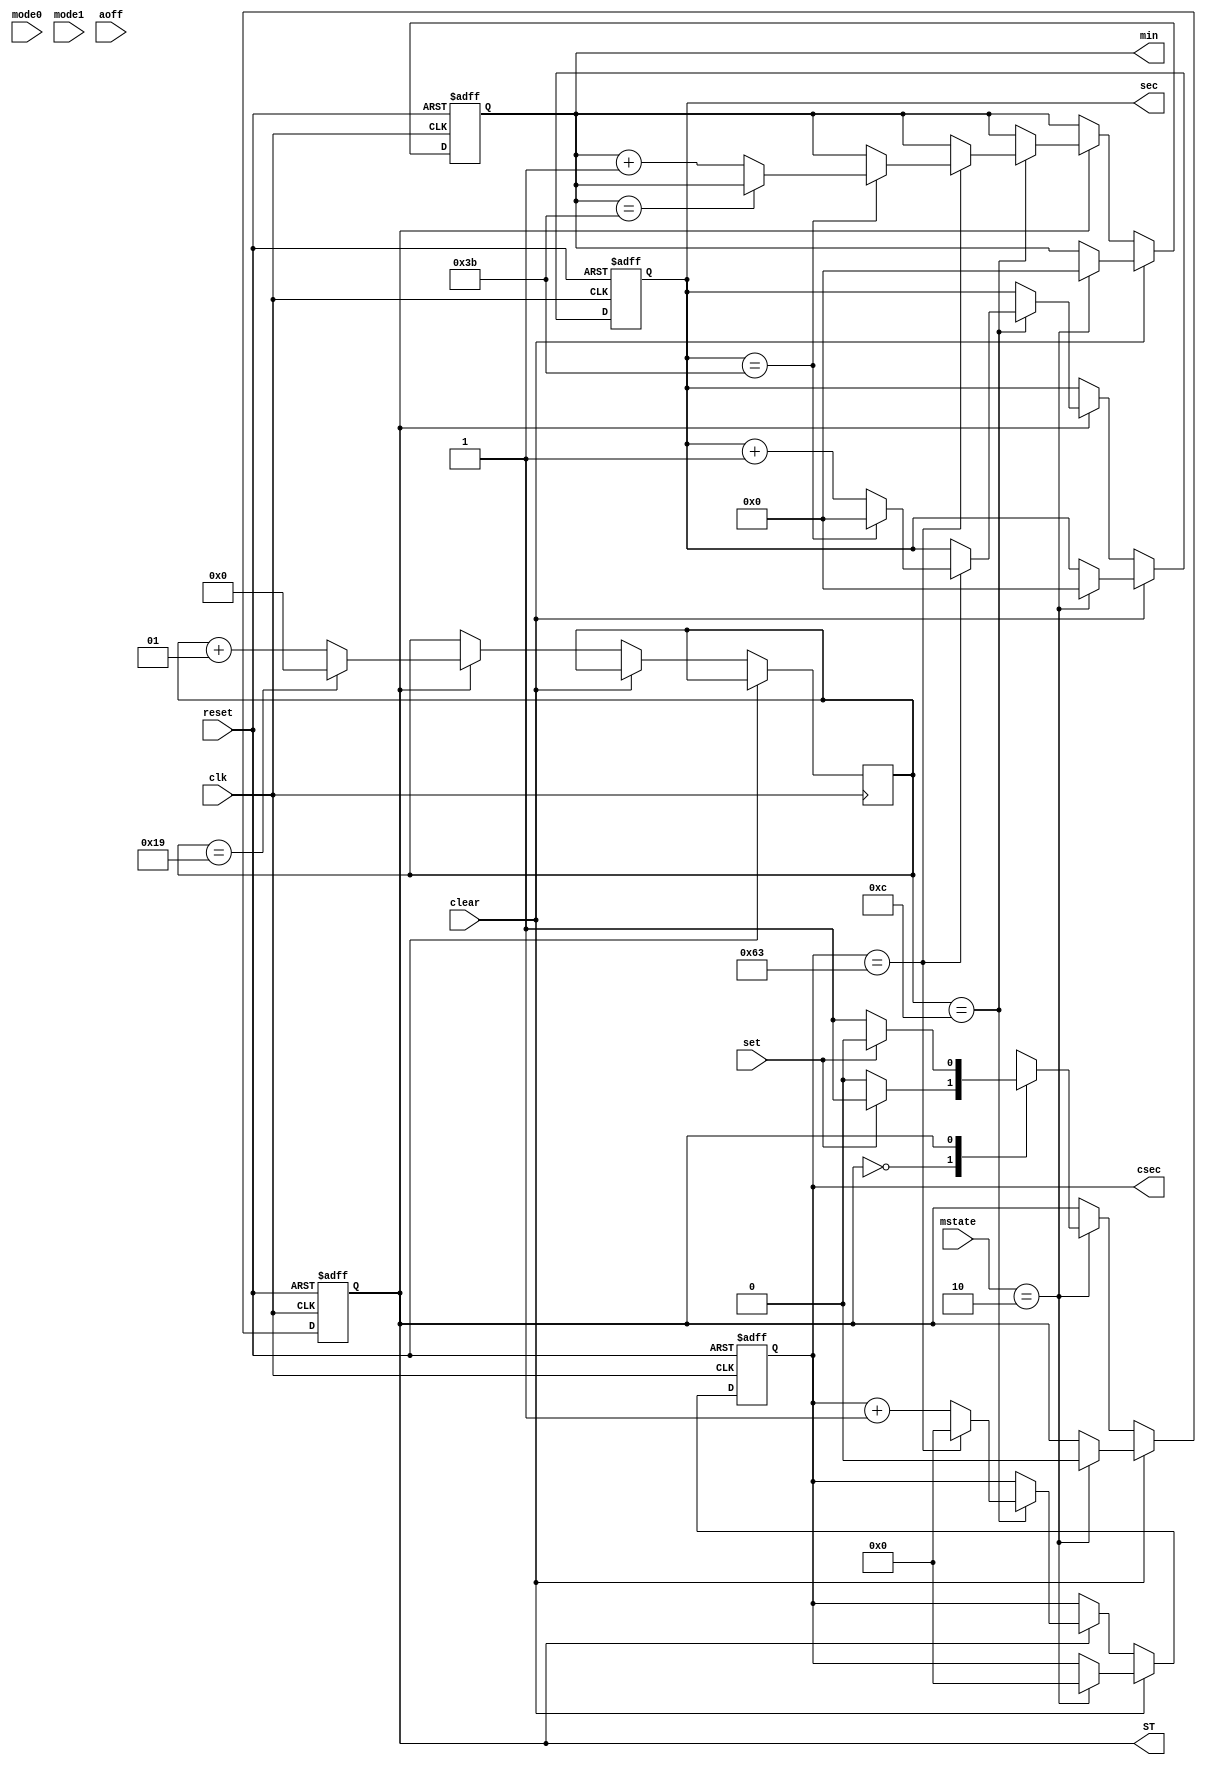
`timescale 1ns / 1ps

module StopWatch(
	input [1:0] mstate,
	input clk,
	input mode0,
	input mode1,
	input set,
	input clear,
	input aoff,
	input reset,
	output reg [5:0] min, sec,
	output reg [6:0] csec,
	output ST
    );
	
integer cnt=0;
parameter S0=1'b0, S1=1'b1;
reg state=1'b0, next;
assign ST=state;

always @(posedge clk or posedge reset )
begin
	if(reset)
	begin
		state<=S0;
		min<=0;
		sec<=0;
		csec<=0;
	end
	else if(clear)
	begin
		if(mstate==2'b10)
		begin
			state<=S0;
			min<=0;
			sec<=0;
			csec<=0;
		end
	end
	else if(state==S1)
	begin
		cnt<=cnt+1;
		if(cnt==12)
		begin
			if(csec==7'd99)
			begin
				csec<=0;
				if(sec==6'd59)
				begin
					sec<=0;
					if(min==6'd59);
					else min<=min+1;
				end
				else sec<=sec+1;
			end
			else csec<=csec+1;
		end
		if(cnt==25) cnt<=0;
		state<=next;
	end
	else state<=next;
end

always @(set or clear or state)
begin
	if(mstate==2'b10)
	begin
		case(state)
		S0:
			if(set) next<=S1;
			else if(clear) next<=S0;
			else next<=S0;
		S1:
			if(set) next<=S0;
			else if(clear) next<=S0;
			else next<=S1;
		endcase
	end
	else next<=state;
end

endmodule